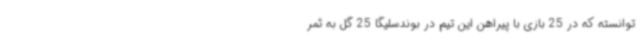
توانسته که در 25 بازی با پیراهن این تیم در بوندسلیگا 25 گل به ثمر